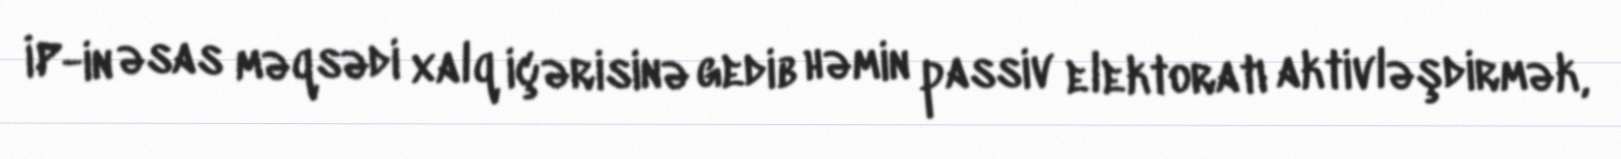
İP-in əsas məqsədi xalq içərisinə gedib həmin passiv elektoratı aktivləşdirmək,